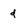
Character: d